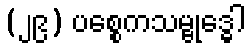
(၂၉) ပစ္စေကသမ္ဗုဒ္ဓေါ